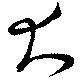
大